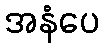
အနံပေ